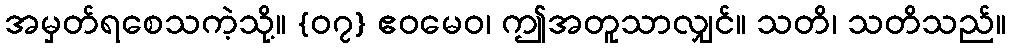
အမှတ်ရစေသကဲ့သို့။ {၀၇} ဧဝမေဝ၊ ဤအတူသာလျှင်။ သတိ၊ သတိသည်။